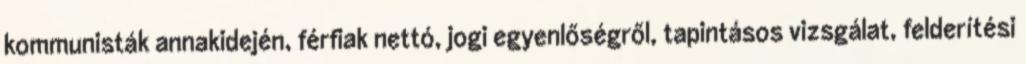
kommunisták annakidején, férfiak nettó, jogi egyenlőségről, tapintásos vizsgálat, felderítési